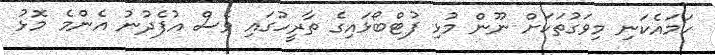
ހަމައެކަނި މިވަގުތަކަށް ނޫން މުޅި ފުޓްބޯޅައިގެ ތާރީހުގައި ވެސް އުފެދުނު އެންމެ މޮޅު